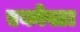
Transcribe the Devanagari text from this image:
एकोस्टा